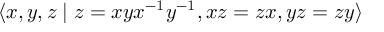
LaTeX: \langle x , y , z \mid z = x y x ^ { - 1 } y ^ { - 1 } , x z = z x , y z = z y \rangle